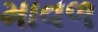
માવળ